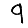
Digit: 9